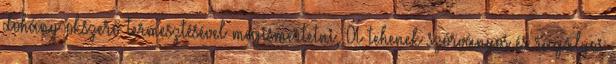
dohány okszerő termesztésével megismertetni, A tehenek szórványos és ragályos